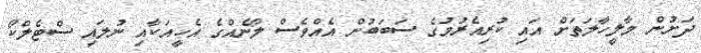
ދަށުން މާލީހާލަތަށް އައި ކުރިއެރުމުގެ ސަބަބުން އެއްވެސް ލޯނެއްގެ އެހީއަކާއި ނުލައި ސްޓެލްކޯ